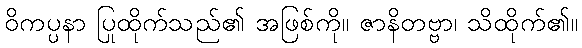
ဝိကပ္ပနာ ပြုထိုက်သည်၏ အဖြစ်ကို။ ဇာနိတဗ္ဗာ၊ သိထိုက်၏။